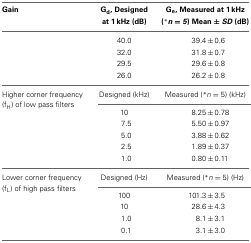
<table><thead><tr><td><b>Gain</b></td><td><b>G<sub>d</sub>, Designed at 1 kHz (dB)</b></td><td><b>G<sub>e</sub>, Measured at 1 kHz (<sup>*</sup><i>n</i> = <i>5</i>) Mean ± <i>SD</i> (dB)</b></td></tr></thead><tbody><tr><td></td><td>40.0</td><td>39.4 ± 0.6</td></tr><tr><td></td><td>32.0</td><td>31.8 ± 0.7</td></tr><tr><td></td><td>29.5</td><td>29.6 ± 0.8</td></tr><tr><td></td><td>26.0</td><td>26.2 ± 0.8</td></tr><tr><td>Higher corner frequency (f<sub>H</sub>) of low pass filters</td><td>Designed (kHz)</td><td>Measured (<sup>*</sup><i>n</i> = 5) (kHz)</td></tr><tr><td></td><td>10</td><td>8.25 ± 0.78</td></tr><tr><td></td><td>7.5</td><td>5.50 ± 0.97</td></tr><tr><td></td><td>5.0</td><td>3.88 ± 0.62</td></tr><tr><td></td><td>2.5</td><td>1.89 ± 0.37</td></tr><tr><td></td><td>1.0</td><td>0.80 ± 0.11</td></tr><tr><td>Lower corner frequency (f<sub>L</sub>) of high pass filters</td><td>Designed (Hz)</td><td>Measured (<sup>*</sup><i>n</i> = 5) (Hz)</td></tr><tr><td></td><td>100</td><td>101.3 ± 3.5</td></tr><tr><td></td><td>10</td><td>28.6 ± 4.3</td></tr><tr><td></td><td>1.0</td><td>8.1 ± 3.1</td></tr><tr><td></td><td>0.1</td><td>3.1 ± 3.0</td></tr></tbody></table>